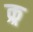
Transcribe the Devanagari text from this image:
क्र्र